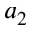
a _ { 2 }